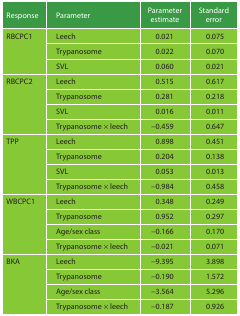
<table><thead><tr><td><b>Response</b></td><td><b>Parameter</b></td><td><b>Parameter estimate</b></td><td><b>Standard error</b></td></tr></thead><tbody><tr><td rowspan="3">RBCPC1</td><td>Leech</td><td>0.021</td><td>0.075</td></tr><tr><td>Trypanosome</td><td>0.022</td><td>0.070</td></tr><tr><td>SVL</td><td>0.060</td><td>0.021</td></tr><tr><td rowspan="4">RBCPC2</td><td>Leech</td><td>0.515</td><td>0.617</td></tr><tr><td>Trypanosome</td><td>0.281</td><td>0.218</td></tr><tr><td>SVL</td><td>0.016</td><td>0.011</td></tr><tr><td>Trypanosome × leech</td><td>−0.459</td><td>0.647</td></tr><tr><td rowspan="4">TPP</td><td>Leech</td><td>0.898</td><td>0.451</td></tr><tr><td>Trypanosome</td><td>0.204</td><td>0.138</td></tr><tr><td>SVL</td><td>0.053</td><td>0.013</td></tr><tr><td>Trypanosome × leech</td><td>−0.984</td><td>0.458</td></tr><tr><td rowspan="4">WBCPC1</td><td>Leech</td><td>0.348</td><td>0.249</td></tr><tr><td>Trypanosome</td><td>0.952</td><td>0.297</td></tr><tr><td>Age/sex class</td><td>−0.166</td><td>0.170</td></tr><tr><td>Trypanosome × leech</td><td>−0.021</td><td>0.071</td></tr><tr><td rowspan="4">BKA</td><td>Leech</td><td>−9.395</td><td>3.898</td></tr><tr><td>Trypanosome</td><td>−0.190</td><td>1.572</td></tr><tr><td>Age/sex class</td><td>−3.564</td><td>5.296</td></tr><tr><td>Trypanosome × leech</td><td>−0.187</td><td>0.926</td></tr></tbody></table>